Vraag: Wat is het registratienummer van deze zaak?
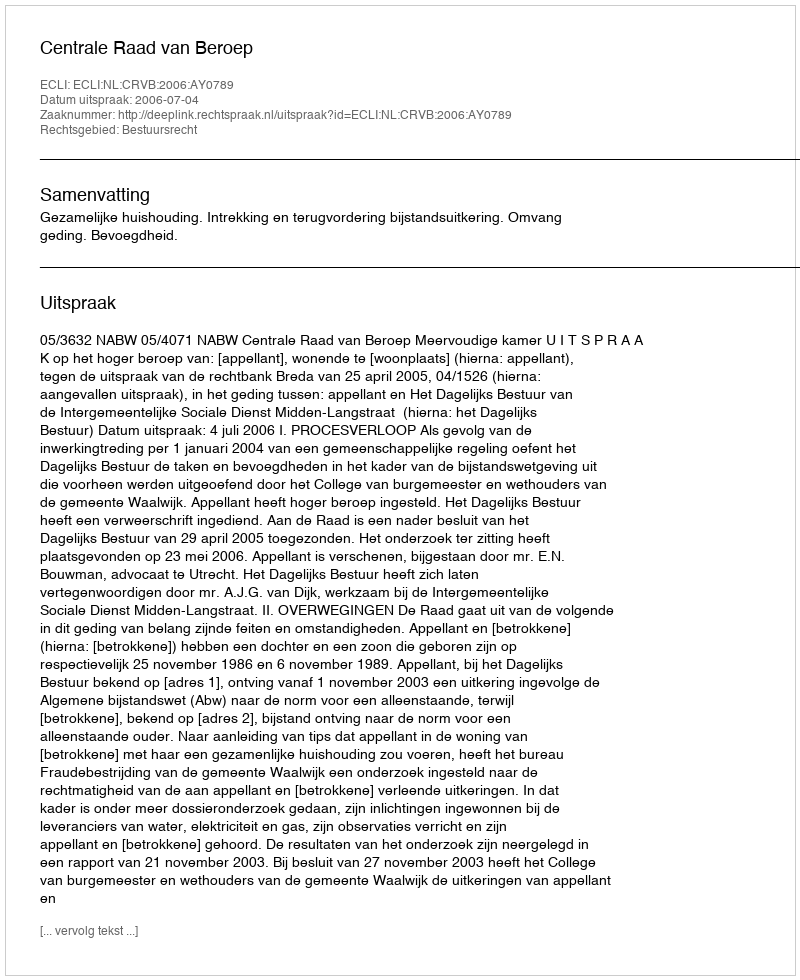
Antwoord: http://deeplink.rechtspraak.nl/uitspraak?id=ECLI:NL:CRVB:2006:AY0789